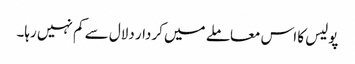
پولیس کا اس معاملے میں کردار دلال سے کم نہیں رہا۔